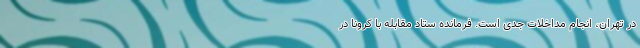
در تهران، انجام مداخلات جدی است. فرمانده ستاد مقابله با کرونا در